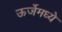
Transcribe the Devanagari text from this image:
ऊर्जेमध्ये